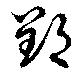
郢